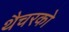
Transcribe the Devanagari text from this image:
थैचरको